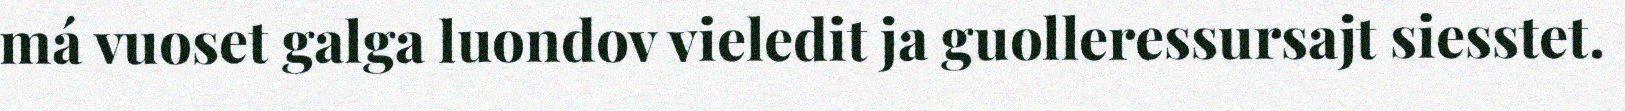
má vuoset galga luondov vieledit ja guolleressursajt siesstet.